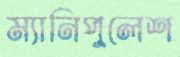
ম্যানিপুলেশ